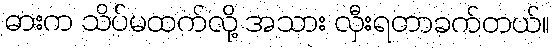
ဓားက သိပ်မထက်လို့ အသား လှီးရတာခက်တယ်။